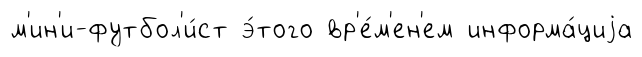
м'ин'и-футбол'и́ст э́того вр'е́м'ен'ем информа́циjа